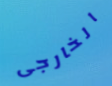
الخارجى